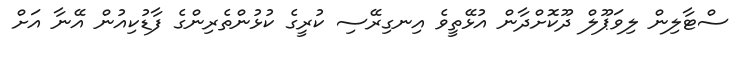
ސްޓާލިން ލިވަޕޫލް ދޫކޮށްދާން އުޅޭތީވެ އިނގިރޭސި ކުރީގެ ކުޅުންތެރިންގެ ފާޑުކިއުން އޭނާ އަށް